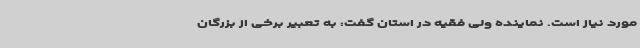
مورد نیاز است. نماینده ولی فقیه در استان گفت: به تعبیر برخی از بزرگان